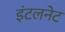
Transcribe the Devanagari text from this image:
इंटलनेट